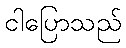
ငါပြောသည်